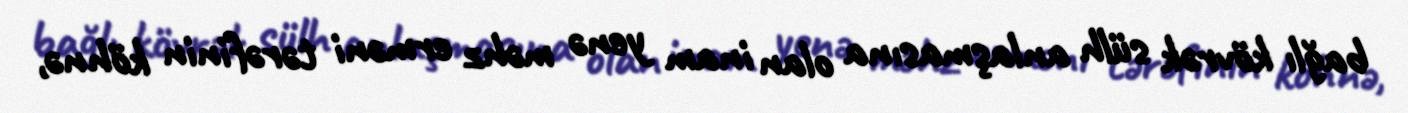
bağlı kövrək sülh anlaşmasına olan inam yenə məhz erməni tərəfinin köhnə,